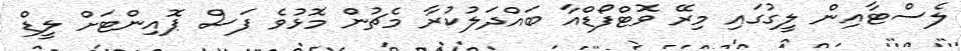
ލެސްޓާއިން ލީގުގައި މިރޭ ވޮޓްފޯޑްއާ ބައްދަލުކުރާ މެޗުން މޮޅުވެ ފަސް ޕޮއިންޓަށް ލީޑް